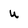
Character: u